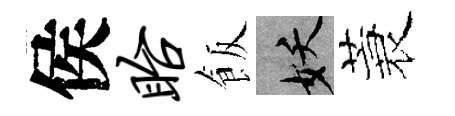
侯眙飯妖蓑